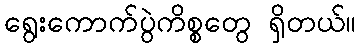
ရွေးကောက်ပွဲကိစ္စတွေ ရှိတယ်။